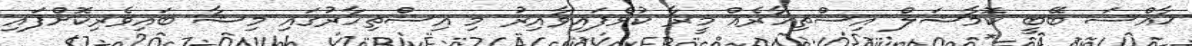
ޙާއްސަ ބޭބީ ކޮމާޝަލް އިސްތިހާރެއް މީރާ ކުޅެފައިވާއިރު މި އިސްތިހާރުގައި މިޝާ ބައިވެރިކޮށްފައި